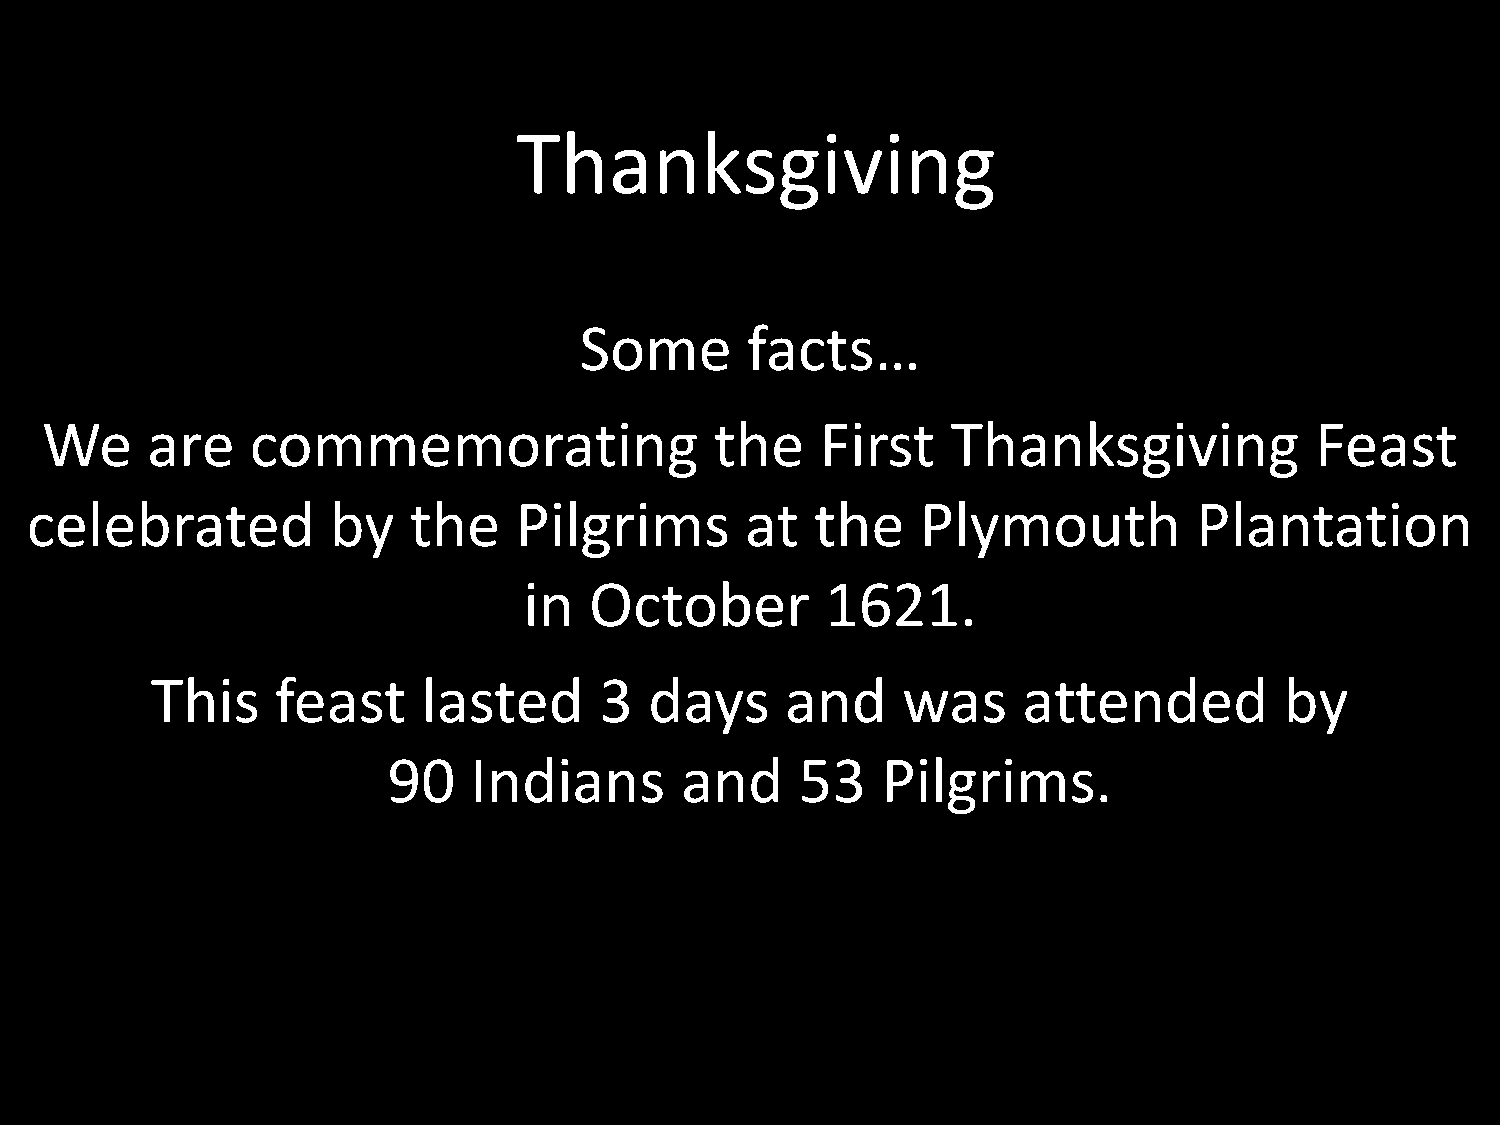
Thanksgiving
 Some       facts…
 We     are    commemorating                 the    First    Thanksgiving            Feast
 celebrated          by   the    Pilgrims       at   the    Plymouth          Plantation
 in  October         1621.
 This    feast     lasted      3  days     and     was     attended         by
 90   Indians       and     53   Pilgrims.